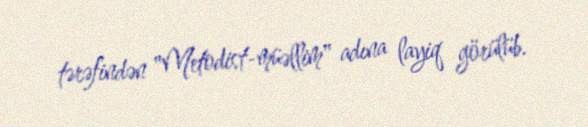
tərəfindən "Metodist-müəllim" adına layiq görülüb.